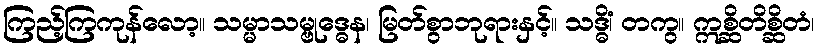
ကြည့်ကြကုန်လော့။ သမ္မာသမ္ဗုဒ္ဓေန၊ မြတ်စွာဘုရားနှင့်။ သဒ္ဓိံ၊ တကွ။ ဣစ္ဆိတိစ္ဆိတံ၊